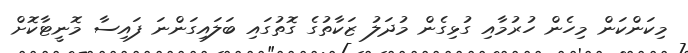
މިކަންކަން މިހެން ހުރުމާއި ގުޅިގެން މުދަލު ޒަކާތުގެ ގޮތުގައި ބަލައިގަންނަ ފައިސާ މޮނީޓާކޮށް